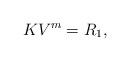
LaTeX: \begin{align*}K V^m=R_1,\end{align*}